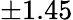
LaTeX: \pm 1.45